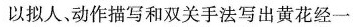
以拟人、动作描写和双关手法写出黄花经一